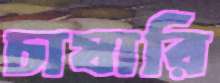
চাষারি